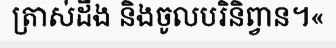
ត្រាស់ដឹង និងចូលបរិនិព្វាន។«